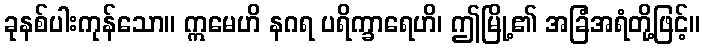
ခုနစ်ပါးကုန်သော။ ဣမေဟိ နဂရ ပရိက္ခာရေဟိ၊ ဤမြို့၏ အခြံအရံတို့ဖြင့်။